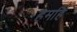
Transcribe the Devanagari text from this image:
हमहिं